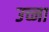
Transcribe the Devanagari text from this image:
उच्ना